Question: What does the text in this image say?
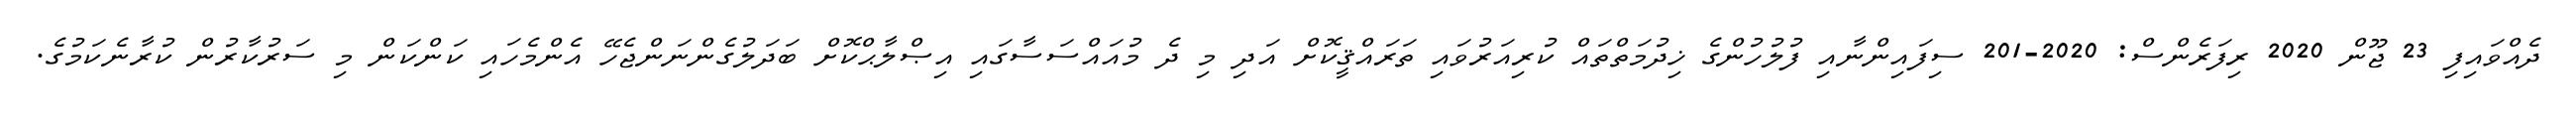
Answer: ދެއްވައިފި 23 ޖޫން 2020 ރިފަރެންސް: 2020-201 ސިފައިންނާއި ފުލުހުންގެ ޚިދުމަތްތައް ކުރިއަރުވައި ތަރައްޤީކޮށް އަދި މި ދެ މުއައްސަސާގައި އިޞްލާޙްކޮށް ބަދަލުގެންނަންޖެހޭ އެންމެހައި ކަންކަން މި ސަރުކާރުން ކުރާނެކަމުގެ.